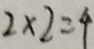
2 \times 2 = 4